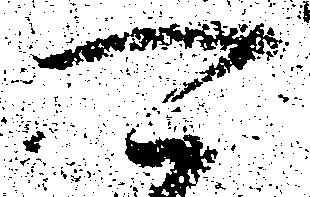
可